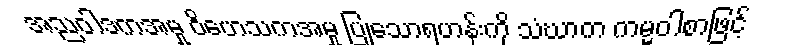
အညဝါဒကအမှု ဝိဟေသကအမှု ပြုသောရဟန်းကို သံဃာက ကမ္မဝါစာဖြင့်